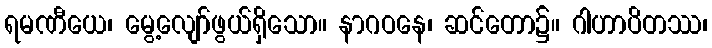
ရမဏီယေ၊ မွေ့လျော်ဖွယ်ရှိသော။ နာဂဝနေ၊ ဆင်တော၌။ ဂါဟာပိတဿ၊